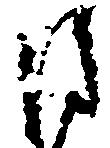
目